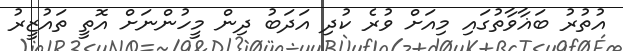
އުތުރު ބަޣާވާތުގައި މިއަށް ވުރެ ކުދި އަދަބު ދިން މީހުންނަށް އޮތީ ތައުޒީރު